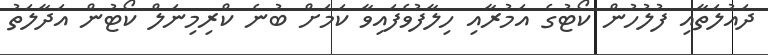
ދައުލަތާއި ފުލުހުން ކޯޓުގެ އަމުރާއި ހިލާފުވެފައިވާ ކަމަށް ބުނެ ކްރިމިނަލް ކޯޓުން އަދާލަތު